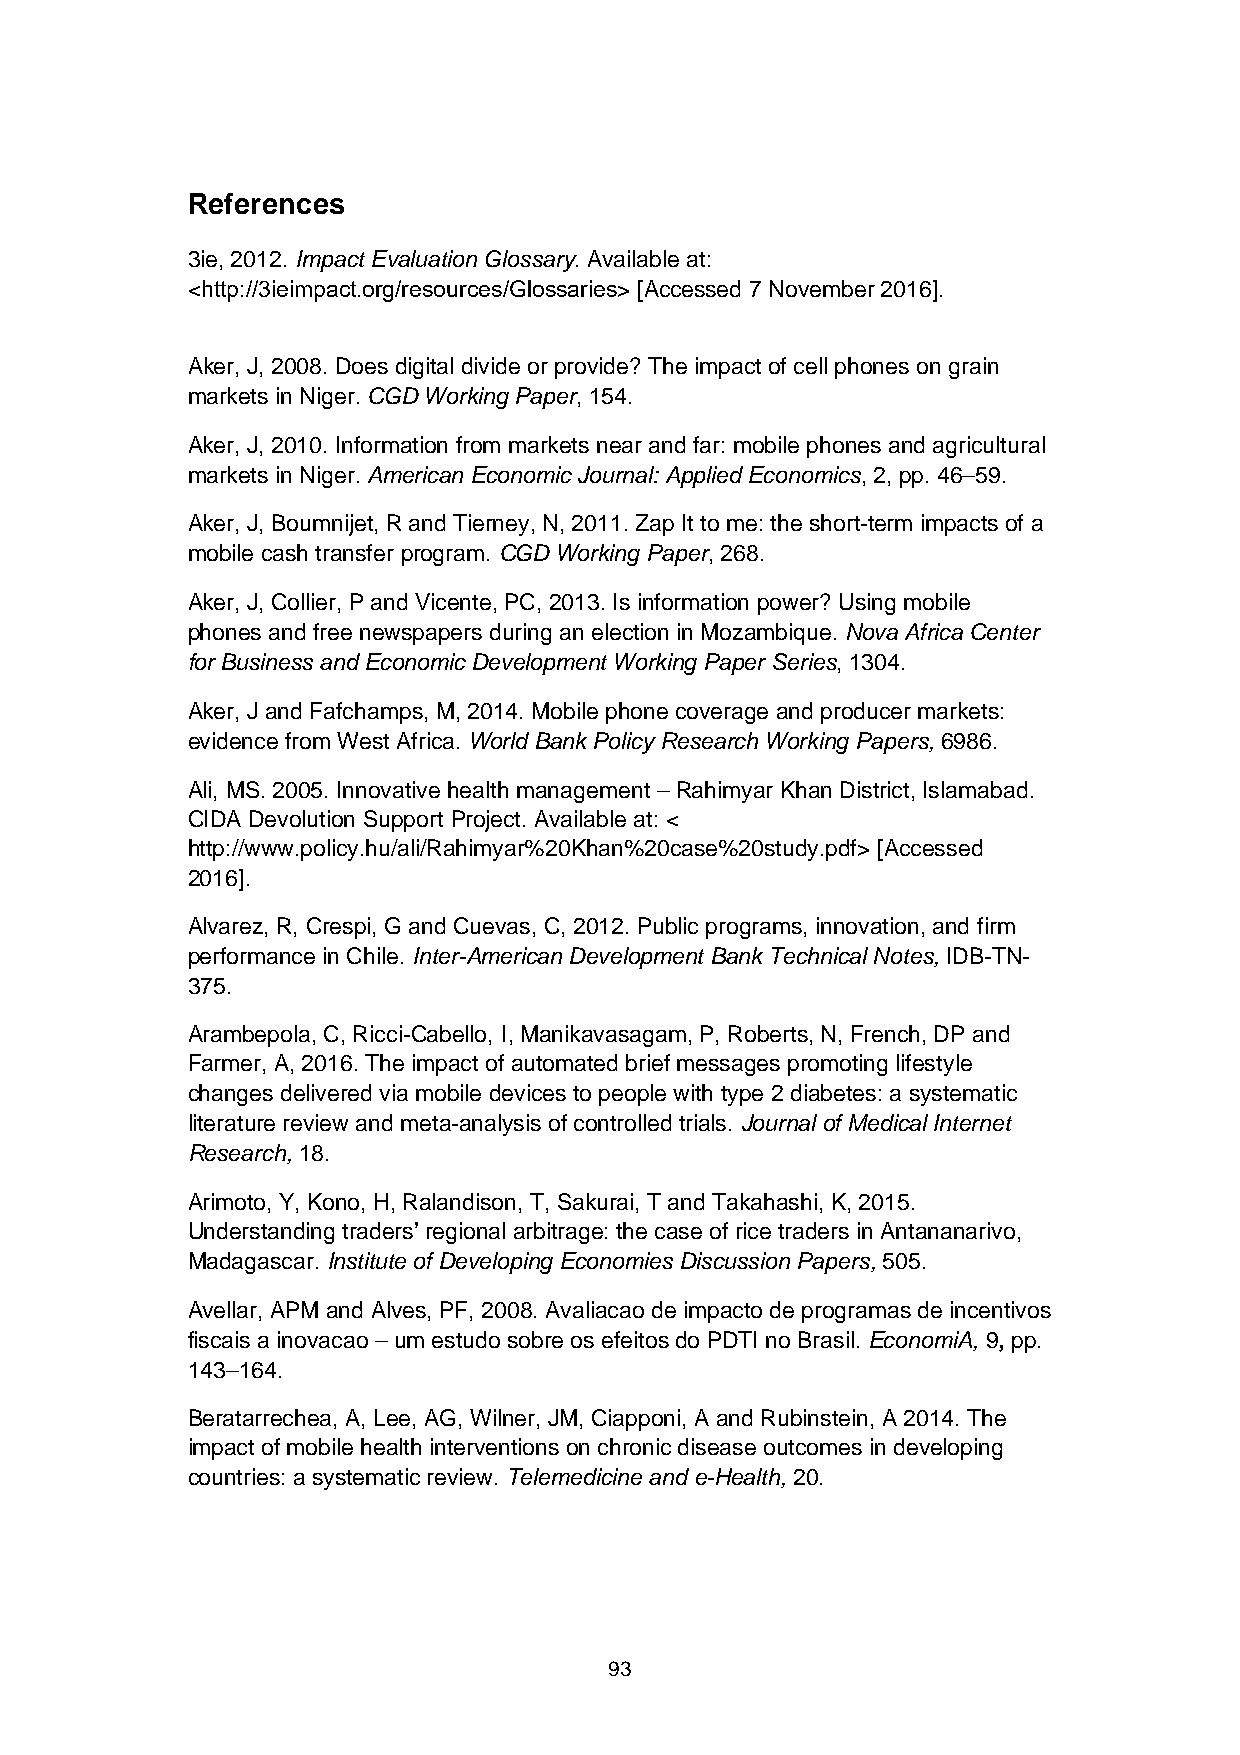
References
 3ie, 2012. Impact Evaluation Glossary. Available at:
 <http://3ieimpact.org/resources/Glossaries> [Accessed 7 November 2016].
 Aker, J, 2008. Does digital divide or provide? The impact of cell phones on grain
 markets in Niger. CGD Working Paper, 154.
 Aker, J, 2010. Information from markets near and far: mobile phones and agricultural
 markets in Niger. American Economic Journal: Applied Economics, 2, pp. 46–59.
 Aker, J, Boumnijet, R and Tierney, N, 2011. Zap It to me: the short-term impacts of a
 mobile cash transfer program. CGD Working Paper, 268.
 Aker, J, Collier, P and Vicente, PC, 2013. Is information power? Using mobile
 phones and free newspapers during an election in Mozambique. Nova Africa Center
 for Business and Economic Development Working Paper Series, 1304.
 Aker, J and Fafchamps, M, 2014. Mobile phone coverage and producer markets:
 evidence from West Africa. World Bank Policy Research Working Papers, 6986.
 Ali, MS. 2005. Innovative health management – Rahimyar Khan District, Islamabad.
 CIDA Devolution Support Project. Available at: <
 http://www.policy.hu/ali/Rahimyar%20Khan%20case%20study.pdf> [Accessed
 2016].
 Alvarez, R, Crespi, G and Cuevas, C, 2012. Public programs, innovation, and firm
 performance in Chile. Inter-American Development Bank Technical Notes, IDB-TN-
 375.
 Arambepola, C, Ricci-Cabello, I, Manikavasagam, P, Roberts, N, French, DP and
 Farmer, A, 2016. The impact of automated brief messages promoting lifestyle
 changes delivered via mobile devices to people with type 2 diabetes: a systematic
 literature review and meta-analysis of controlled trials. Journal of Medical Internet
 Research, 18.
 Arimoto, Y, Kono, H, Ralandison, T, Sakurai, T and Takahashi, K, 2015.
 Understanding traders’ regional arbitrage: the case of rice traders in Antananarivo,
 Madagascar. Institute of Developing Economies Discussion Papers, 505.
 Avellar, APM and Alves, PF, 2008. Avaliacao de impacto de programas de incentivos
 fiscais a inovacao – um estudo sobre os efeitos do PDTI no Brasil. EconomiA, 9, pp.
 143–164.
 Beratarrechea, A, Lee, AG, Wilner, JM, Ciapponi, A and Rubinstein, A 2014. The
 impact of mobile health interventions on chronic disease outcomes in developing
 countries: a systematic review. Telemedicine and e-Health, 20.
 93